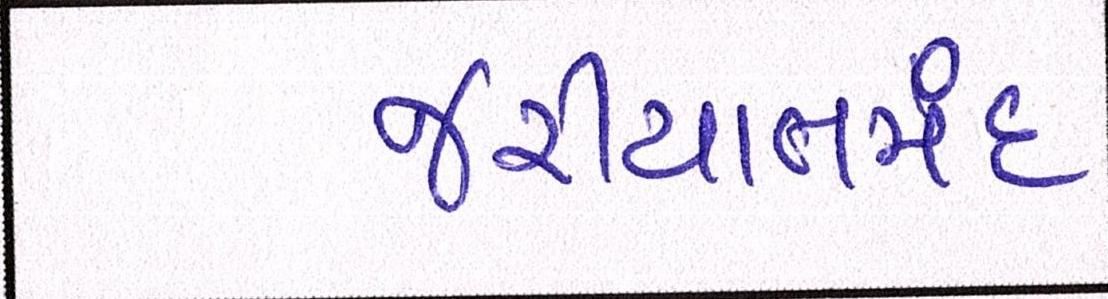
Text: જરીયાતમંદ